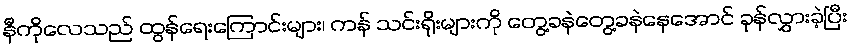
နီကိုလေသည် ထွန်ရေးကြောင်းများ၊ ကန် သင်းရိုးများကို တွေ့ခနဲတွေ့ခနဲနေအောင် ခုန်လွှားခဲ့ပြီး